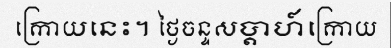
ក្រោយនេះ។ ថ្ងៃចន្ទសប្តាហ៍ក្រោយ